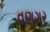
વણગર